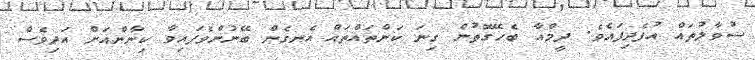
ސުވާލުތައް އުފެދިފައެވެ. ދީމްއާ ބެހޭގޮތުން ގިނަ ކަންތައްތައް އެނގެން ބޭނުންވެފައިވާ ކިނާންއަށް އަދިވެސް